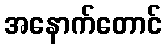
အနောက်တောင်